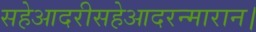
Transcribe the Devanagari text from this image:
सहेआदरीसहेआदरन्मारान।